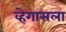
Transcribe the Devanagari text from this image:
व्हेगासला